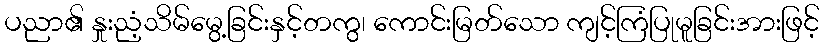
ပညာ၏ နှုးညံ့သိမ်မွေ့ခြင်းနှင့်တကွ၊ ကောင်းမြတ်သော ကျင့်ကြံပြုမူခြင်းအားဖြင့်